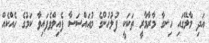
އަދި މާލޭގައި ހިނގާ މާރާމާރީ ތަކަކީ ފުލުހުންގެ މުއައްސަސާ ފެއިލްވެފައިވާ ކަމުގެ ހެއްކެއް